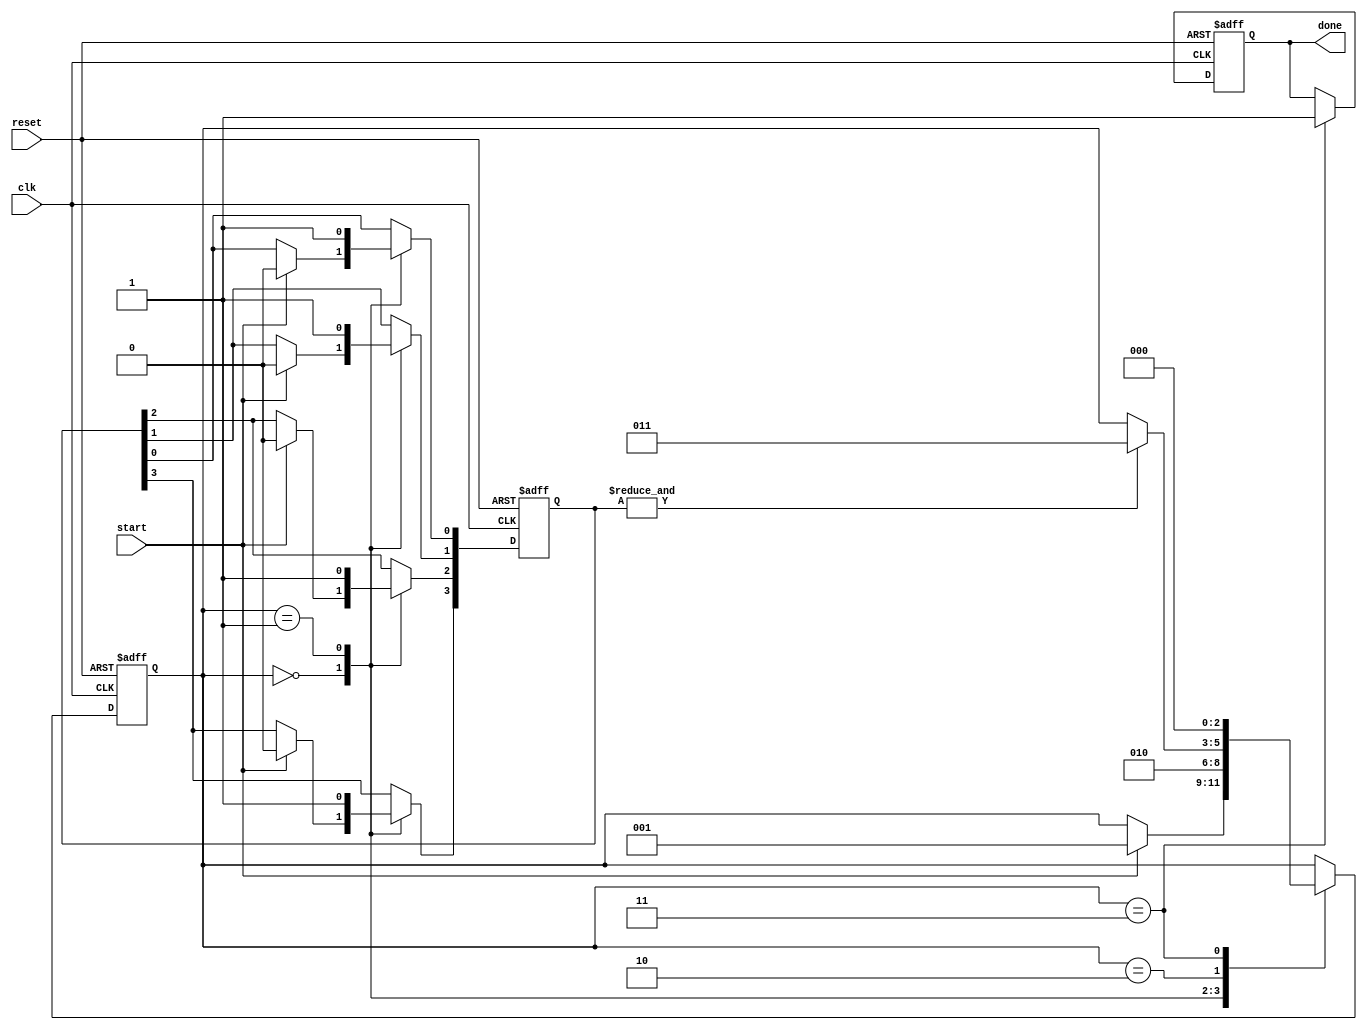
module ForkJoinAll #(parameter NUM_TASKS = 4) (
    input wire clk,
    input wire reset,
    input wire start,
    output reg done
);

    reg [NUM_TASKS-1:0] task_done;  // To track completion of each task
    reg [2:0] state;                 // FSM State
    parameter IDLE = 3'b000,
              FORK = 3'b001,
              JOIN = 3'b010,
              DONE = 3'b011;

    initial begin
        done = 0;
        task_done = 0;
        state = IDLE;
    end

    always @(posedge clk or posedge reset) begin
        if (reset) begin
            state <= IDLE;
            done <= 0;
            task_done <= 0;
        end else begin
            case (state)
                IDLE: begin
                    if (start) begin
                        state <= FORK;
                        task_done <= 0; // Reset task completion flags
                    end
                end
                
                FORK: begin
                    // Fork multiple tasks (in reality, you would launch actual tasks here)
                    // Here we just simulate their completion using a simple counter
                    task_done[0] <= 1; // Simulate task 1 completion
                    task_done[1] <= 1; // Simulate task 2 completion
                    task_done[2] <= 1; // Simulate task 3 completion
                    task_done[3] <= 1; // Simulate task 4 completion

                    state <= JOIN; // Move to JOIN after forking
                end
                
                JOIN: begin
                    // Check if all tasks are done
                    if (&task_done) begin
                        state <= DONE; // All tasks completed
                    end
                end
                
                DONE: begin
                    done <= 1; // Signal that all tasks have completed
                    // Optionally, you can reset and prepare for the next start
                    state <= IDLE; // Reset to IDLE for next operation
                end
            endcase
        end
    end

endmodule